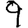
Digit: 9